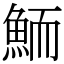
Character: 鮞